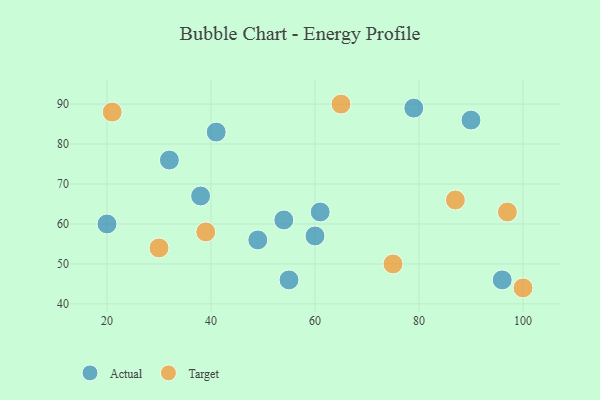
{"axis": {"x": "GDP", "y": "Life Expectancy"}, "legend": ["Actual", "Target"], "data": [{"x": "38", "y": 67, "type": "Actual"}, {"x": "60", "y": 57, "type": "Actual"}, {"x": "41", "y": 83, "type": "Actual"}, {"x": "55", "y": 46, "type": "Actual"}, {"x": "32", "y": 76, "type": "Actual"}, {"x": "20", "y": 60, "type": "Actual"}, {"x": "96", "y": 46, "type": "Actual"}, {"x": "90", "y": 86, "type": "Actual"}, {"x": "79", "y": 89, "type": "Actual"}, {"x": "61", "y": 63, "type": "Actual"}, {"x": "49", "y": 56, "type": "Actual"}, {"x": "54", "y": 61, "type": "Actual"}, {"x": "65", "y": 90, "type": "Target"}, {"x": "87", "y": 66, "type": "Target"}, {"x": "21", "y": 88, "type": "Target"}, {"x": "39", "y": 58, "type": "Target"}, {"x": "97", "y": 63, "type": "Target"}, {"x": "75", "y": 50, "type": "Target"}, {"x": "100", "y": 44, "type": "Target"}, {"x": "30", "y": 54, "type": "Target"}]}